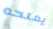
يمنحه